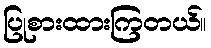
ပြုစားထားကြတယ်။